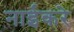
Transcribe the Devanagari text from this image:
नाईकरे